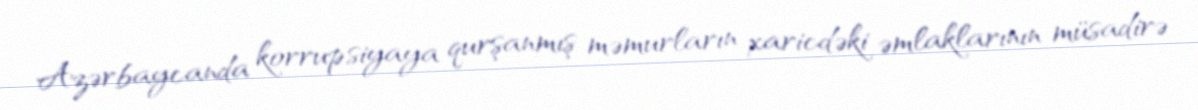
Azərbaycanda korrupsiyaya qurşanmış məmurların xaricdəki əmlaklarının müsadirə